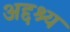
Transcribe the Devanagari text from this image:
अद्दश्य